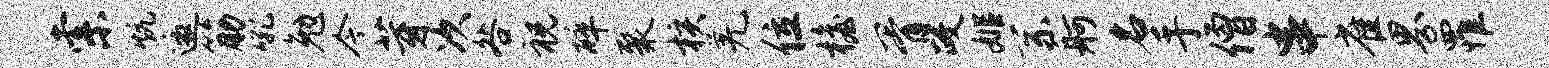
索炕邀筋吼勉今芽次咎祝碎聚核羌位檐胥政姬系舸名手僧串雀界罹